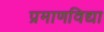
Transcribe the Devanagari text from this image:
प्रमाणविद्या